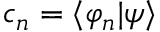
c _ { n } = \langle \varphi _ { n } | \psi \rangle